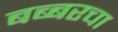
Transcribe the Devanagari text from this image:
बब्बरचा